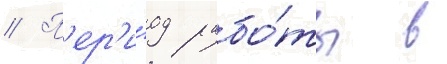
// П'ер'и́од рабо́ты в